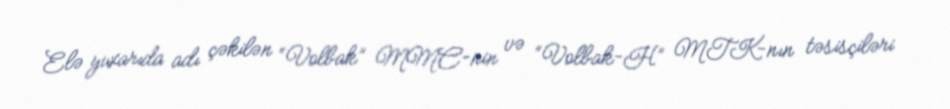
Elə yuxarıda adı çəkilən “Volbak” MMC-nin və “Volbak-H” MTK-nın təsisçiləri